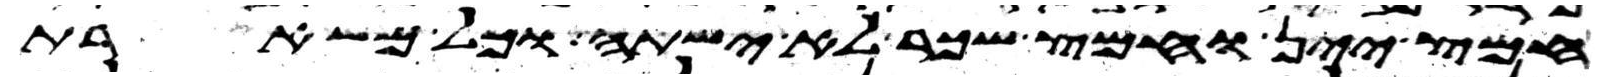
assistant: חמץ יין וחמץ שכר לא ישתה וכל משארת